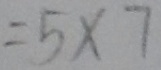
= 5 \times 7